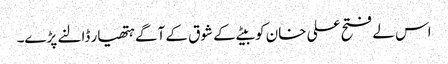
اس لے فتح علی خان کو بیٹے کے شوق کے آگے ہتھیار ڈالنے پڑے۔